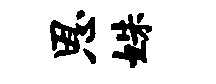
恩姝